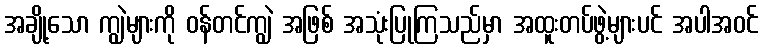
အချို့သော ကျွဲများကို ဝန်တင်ကျွဲ အဖြစ် အသုံးပြုကြသည်မှာ အထူးတပ်ဖွဲ့များပင် အပါအဝင်